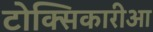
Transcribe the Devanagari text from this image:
टोक्सिकारीआ